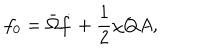
LaTeX: f _ { 0 } = \bar { \Omega } \dot { f } + \frac { 1 } { 2 } \chi Q A ,